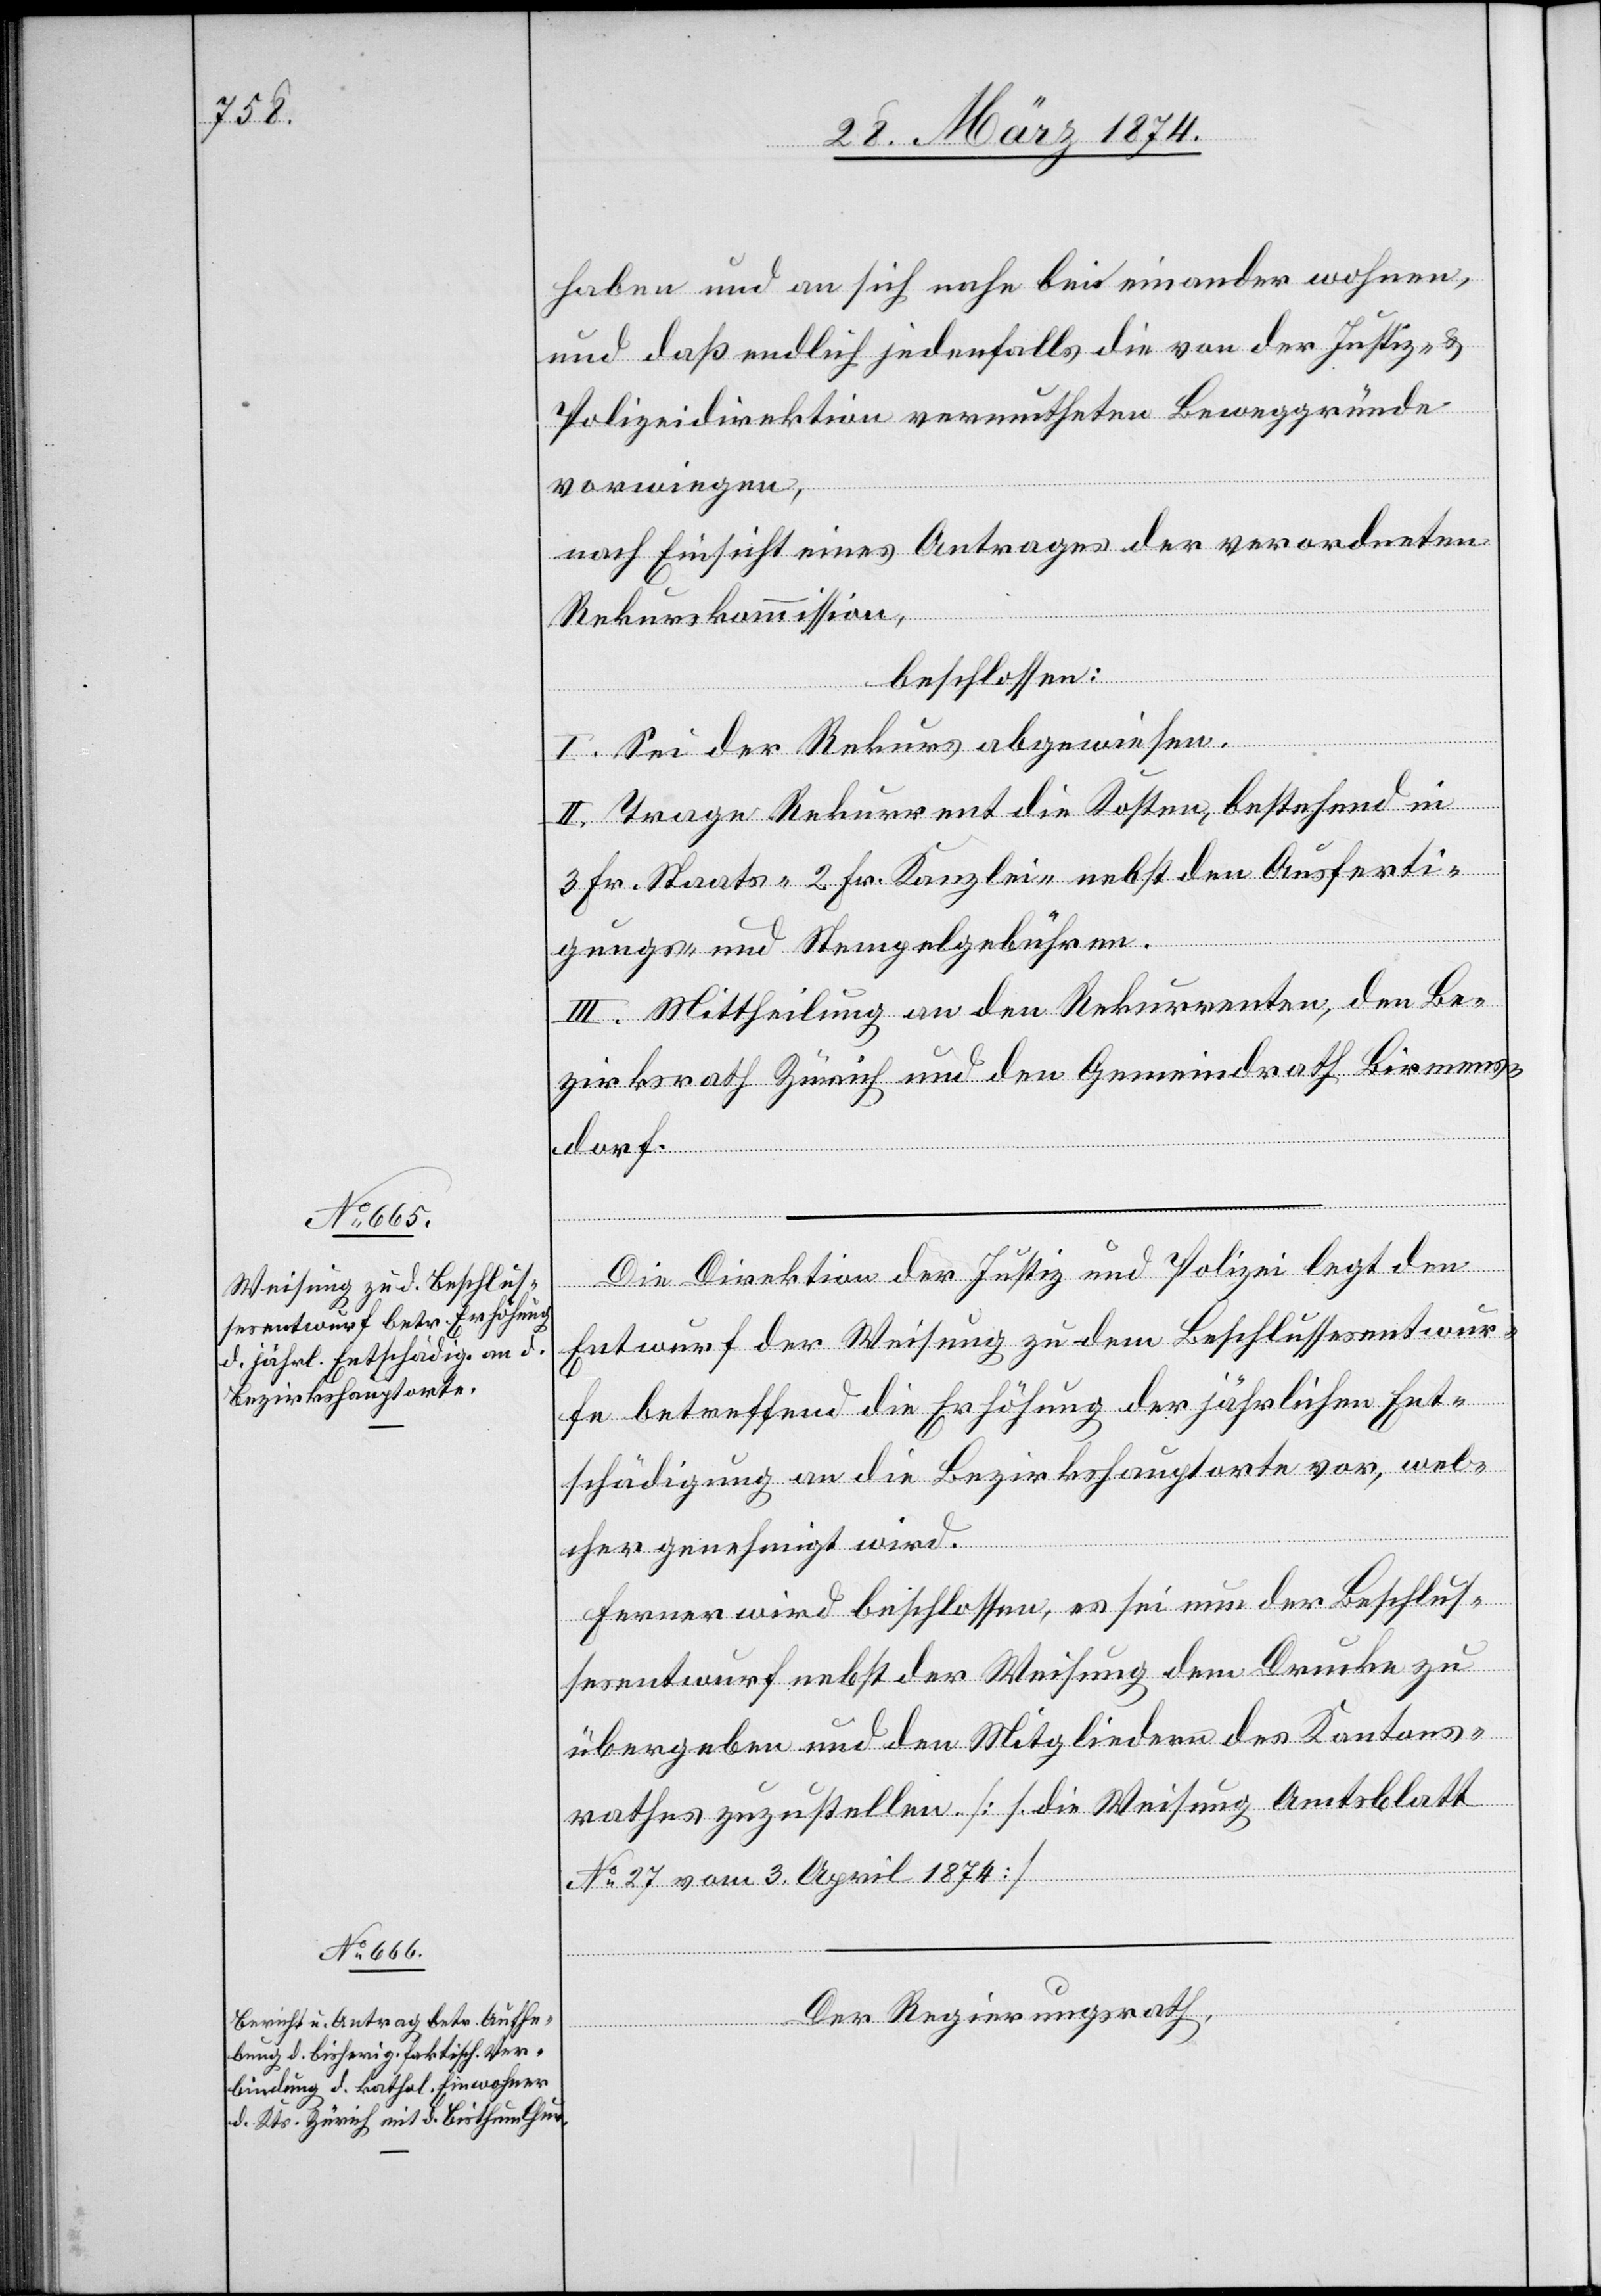
haben und an sich nahe bei einander wohnen,
und daß endlich jedenfalls die von der Justiz- u.
Polizeidirektion vermutheten Beweggründe
vorwiegen,
nach Einsicht eines Antrages der verordneten
Rekurskommission,
beschlossen:
I. Sei der Rekurs abgewiesen.
II. Trage Rekurrent die Kosten, bestehend in
3 Fr. Staats-[,] 2 Fr. Kanzlei-[,] nebst den Ausferti¬
gungs- und Stempelgebühren.
III. Mittheilung an den Rekurrenten, den Be¬
zirksrath Zürich und den Gemeindrath Birmens¬
dorf.
Die Direktion der Justiz und Polizei legt den
Entwurf der Weisung zu dem Beschlussesentwur¬
fe betreffend die Erhöhung der jährlichen Ent¬
schädigung an die Bezirkshauptorte vor, wel¬
cher genehmigt wird.
Ferner wird beschlossen, es sei nun der Beschlus¬
sesentwurf nebst der Weisung dem Drucke zu
übergeben und den Mitgliedern des Kantons¬
rathes zuzustellen. [s. die Weisung Amtsblatt
No 27 vom 3. April 1874].
Der Regierungsrath,